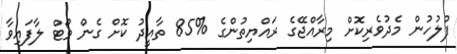
ފުލުހުން މެދުވެރިކޮށް މިރާއްޖޭގެ ރައްޔިތުންގެ %85 ތާއީދު ކޮށް ގެން ވޯޓް ލާފައިވާ